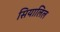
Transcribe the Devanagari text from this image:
सियालिल